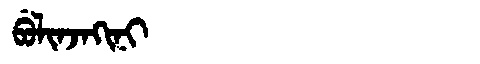
Manchu: ᠪᡠᠯᡳᠨᠵᠠᡴᡳᠨᡳ
Romanization: BULINJAKINI